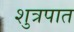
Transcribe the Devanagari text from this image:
शुत्रपात